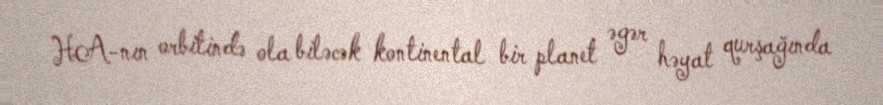
HA-nın orbitində ola biləcək kontinental bir planet əgər həyat qurşağında